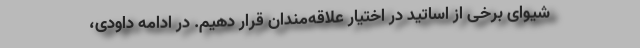
شیوای برخی از اساتید در اختیار علاقه‌مندان قرار دهیم. در ادامه داودی،